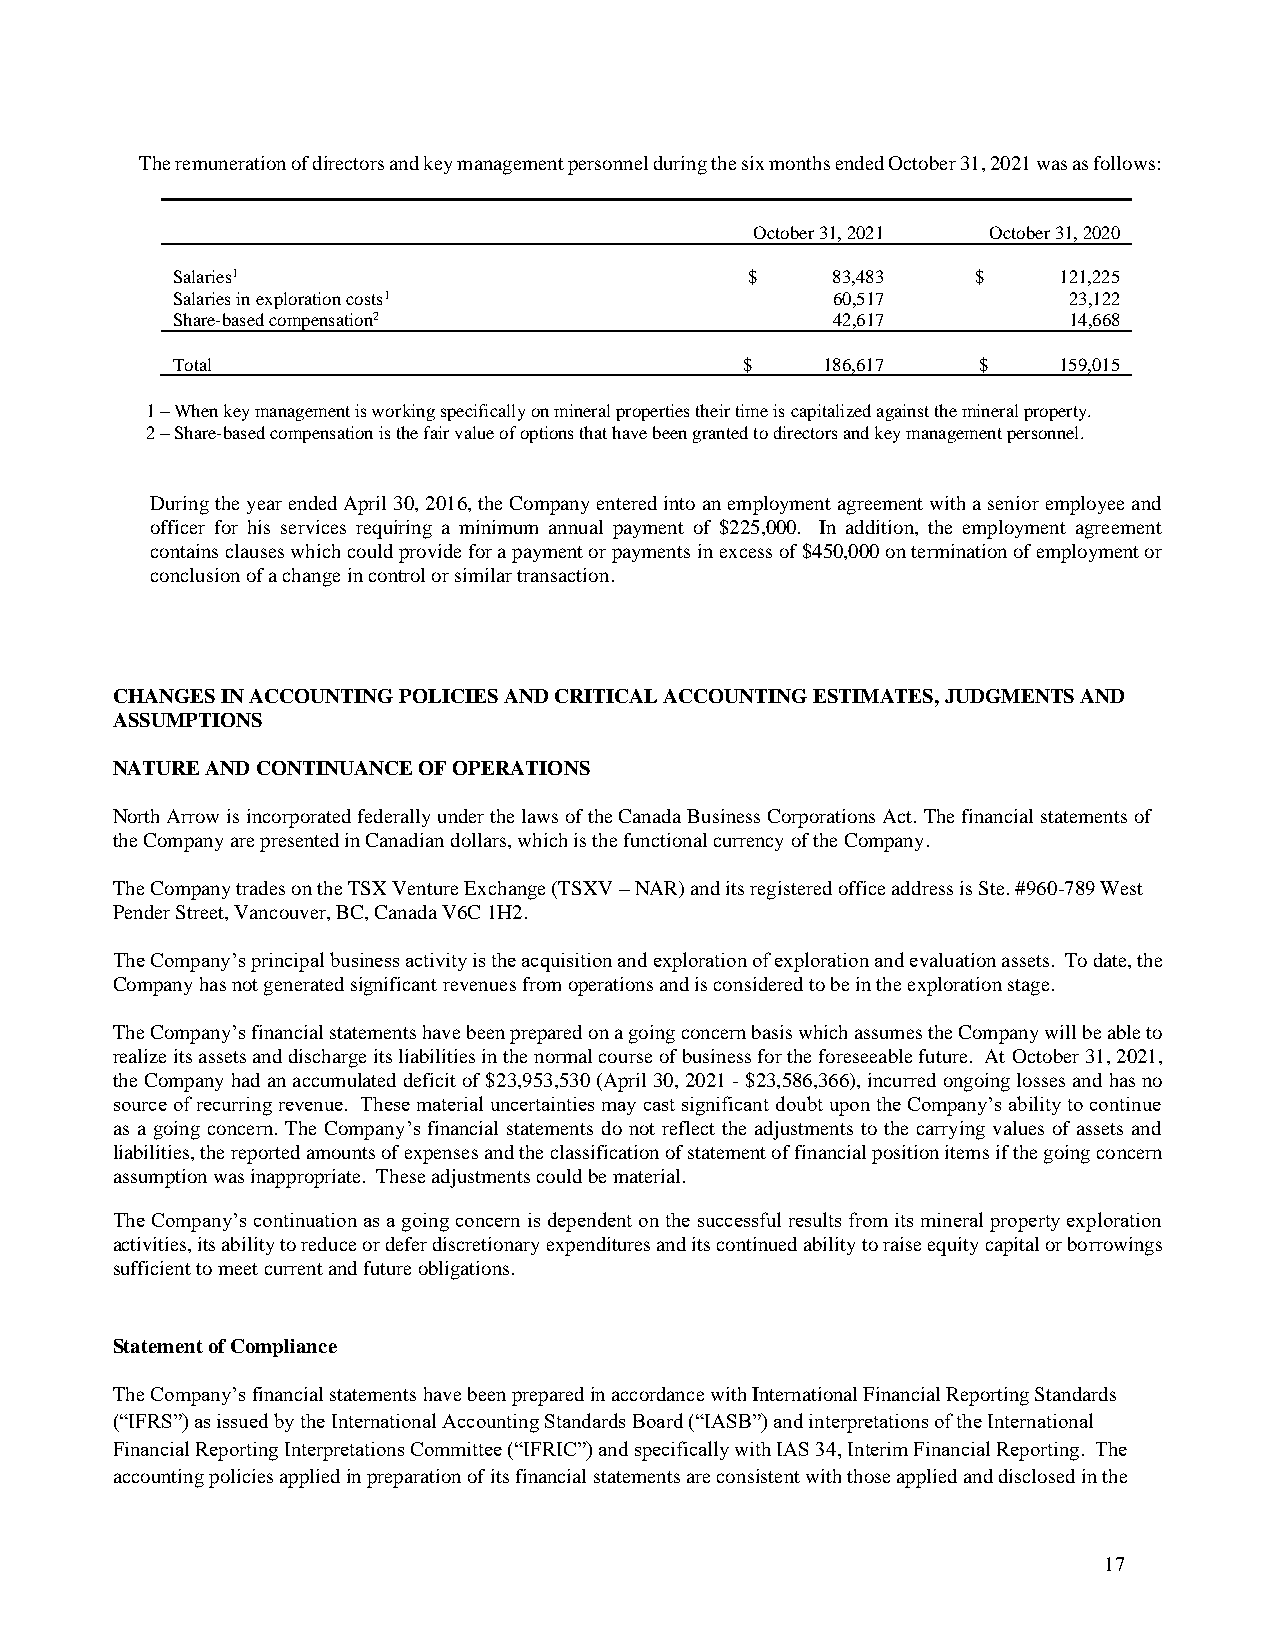
The remuneration of directors and key management personnel during the six months ended October 31, 2021 was as follows:
 October 31, 2021 October 31, 2020
 Salaries1                              $    83,483    $    121,225
 Salaries in exploration costs1              60,517          23,122
 Share-based compensation2                   42,617          14,668
 Total                                 $    186,617    $    159,015
 1 – When key management is working specifically on mineral properties their time is capitalized against the mineral property.
 2 – Share-based compensation is the fair value of options that have been granted to directors and key management personnel.
 During the year ended April 30, 2016, the Company entered into an employment agreement with a senior employee and
 officer for his services requiring a minimum annual payment of $225,000. In addition, the employment agreement
 contains clauses which could provide for a payment or payments in excess of $450,000 on termination of employment or
 conclusion of a change in control or similar transaction.
 CHANGES IN ACCOUNTING POLICIES AND CRITICAL ACCOUNTING ESTIMATES, JUDGMENTS AND
 ASSUMPTIONS
 NATURE AND CONTINUANCE OF OPERATIONS
 North Arrow is incorporated federally under the laws of the Canada Business Corporations Act. The financial statements of
 the Company are presented in Canadian dollars, which is the functional currency of the Company.
 The Company trades on the TSX Venture Exchange (TSXV – NAR) and its registered office address is Ste. #960-789 West
 Pender Street, Vancouver, BC, Canada V6C 1H2.
 The Company’s principal business activity is the acquisition and exploration of exploration and evaluation assets. To date, the
 Company has not generated significant revenues from operations and is considered to be in the exploration stage.
 The Company’s financial statements have been prepared on a going concern basis which assumes the Company will be able to
 realize its assets and discharge its liabilities in the normal course of business for the foreseeable future. At October 31, 2021,
 the Company had an accumulated deficit of $23,953,530 (April 30, 2021 - $23,586,366), incurred ongoing losses and has no
 source of recurring revenue. These material uncertainties may cast significant doubt upon the Company’s ability to continue
 as a going concern. The Company’s financial statements do not reflect the adjustments to the carrying values of assets and
 liabilities, the reported amounts of expenses and the classification of statement of financial position items if the going concern
 assumption was inappropriate. These adjustments could be material.
 The Company’s continuation as a going concern is dependent on the successful results from its mineral property exploration
 activities, its ability to reduce or defer discretionary expenditures and its continued ability to raise equity capital or borrowings
 sufficient to meet current and future obligations.
 Statement of Compliance
 The Company’s financial statements have been prepared in accordance with International Financial Reporting Standards
 (“IFRS”) as issued by the International Accounting Standards Board (“IASB”) and interpretations of the International
 Financial Reporting Interpretations Committee (“IFRIC”) and specifically with IAS 34, Interim Financial Reporting. The
 accounting policies applied in preparation of its financial statements are consistent with those applied and disclosed in the
 17